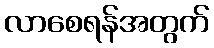
လာစေရန်အတွက်